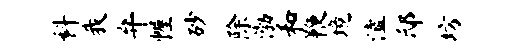
科我弁幄砂除渤和鞭境溘邸坊